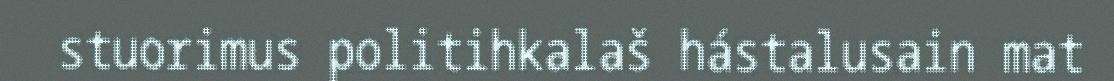
stuorimus politihkalaš hástalusain mat